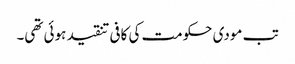
تب مودی حکومت کی کافی تنقید ہوئی تھی۔